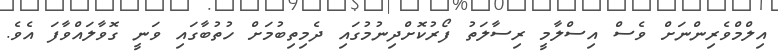
އިލްމްވެރިންނަށް ވެސް އިސްލާމީ ރިސާލަތު ފޯރުކޮށްދިނުމުގައި ދެމިތިބުމަށް ހުތުބާގައި ވަނީ ގޮވާލައްވާފަ އެވެ.